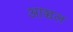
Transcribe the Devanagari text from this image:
आञ्चल